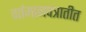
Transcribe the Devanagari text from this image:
वर्तमानपत्रातीत